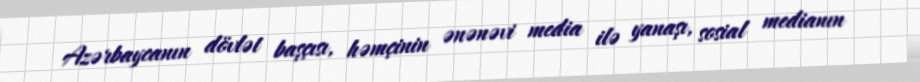
Azərbaycanın dövlət başçısı, həmçinin ənənəvi media ilə yanaşı, sosial medianın